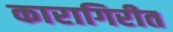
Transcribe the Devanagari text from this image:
कारागिरीत